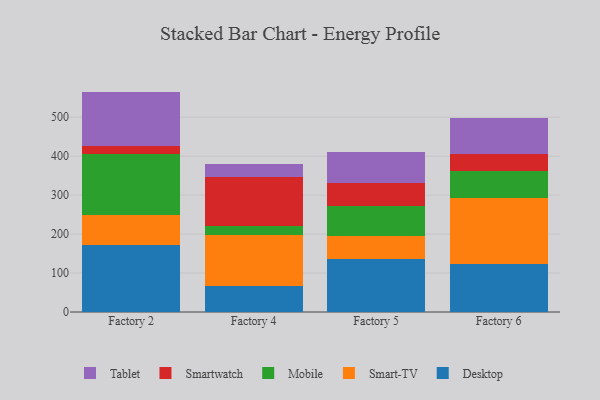
{"axis": {"x": "Factory", "y": "Shipments"}, "legend": ["Desktop", "Mobile", "Smart-TV", "Smartwatch", "Tablet"], "data": [{"x": "Factory 2", "y": 171.0, "type": "Desktop"}, {"x": "Factory 2", "y": 78.4, "type": "Smart-TV"}, {"x": "Factory 2", "y": 155.7, "type": "Mobile"}, {"x": "Factory 2", "y": 19.9, "type": "Smartwatch"}, {"x": "Factory 2", "y": 140.6, "type": "Tablet"}, {"x": "Factory 4", "y": 65.8, "type": "Desktop"}, {"x": "Factory 4", "y": 131.2, "type": "Smart-TV"}, {"x": "Factory 4", "y": 24.6, "type": "Mobile"}, {"x": "Factory 4", "y": 124.4, "type": "Smartwatch"}, {"x": "Factory 4", "y": 33.4, "type": "Tablet"}, {"x": "Factory 5", "y": 135.4, "type": "Desktop"}, {"x": "Factory 5", "y": 59.1, "type": "Smart-TV"}, {"x": "Factory 5", "y": 76.9, "type": "Mobile"}, {"x": "Factory 5", "y": 60.5, "type": "Smartwatch"}, {"x": "Factory 5", "y": 77.9, "type": "Tablet"}, {"x": "Factory 6", "y": 122.7, "type": "Desktop"}, {"x": "Factory 6", "y": 169.2, "type": "Smart-TV"}, {"x": "Factory 6", "y": 70.3, "type": "Mobile"}, {"x": "Factory 6", "y": 44.2, "type": "Smartwatch"}, {"x": "Factory 6", "y": 92.5, "type": "Tablet"}]}